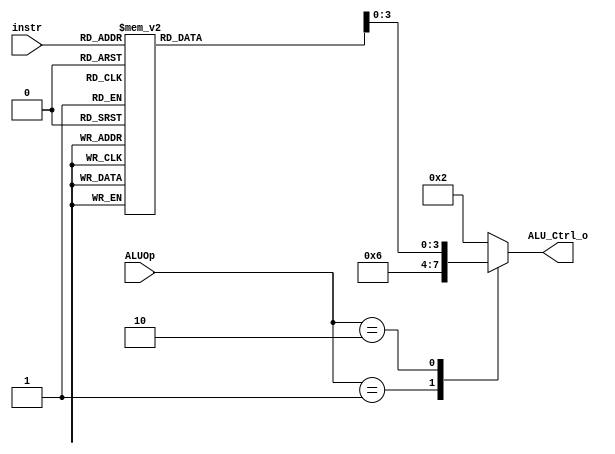
`timescale 1ns/1ps

module ALU_Ctrl(
	input		[4-1:0]	instr,
	input		[2-1:0]	ALUOp,
	output	reg [4-1:0] ALU_Ctrl_o
	);
	
/* Write your code HERE */

parameter aluadd = 4'b0010;
parameter alusub = 4'b0110;
parameter aluand = 4'b0000;
parameter aluor  = 4'b0001;
parameter alusra = 4'b1000;
parameter alusll = 4'b1001;
parameter aluxor = 4'b1010;
parameter aluslt = 4'b0111;

reg [4:0] alufunc;

always @(*) begin
	case (instr)
		4'b0000 : alufunc <= aluadd;
		4'b1000 : alufunc <= alusub;
		4'b0111 : alufunc <= aluand;
		4'b0110 : alufunc <= aluor;
		4'b1101 : alufunc <= alusra;
		4'b0001 : alufunc <= alusll;
		4'b0010 : alufunc <= aluslt;
		4'b0100 : alufunc <= aluxor;
		default : alufunc <= aluadd;
	endcase
end

always @(*) begin
	case (ALUOp)
		2'b00: ALU_Ctrl_o <= aluadd;
		2'b01: ALU_Ctrl_o <= alusub;
		2'b10: ALU_Ctrl_o <= alufunc;
		default: ALU_Ctrl_o <= aluadd;
	endcase
end

endmodule